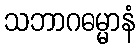
သဘာဂဓမ္မာနံ